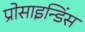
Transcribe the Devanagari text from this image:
प्रोसाइन्डिंस